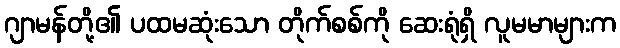
ဂျာမန်တို့၏ ပထမဆုံးသော တိုက်စစ်ကို ဆေးရုံရှိ လူမမာများက